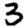
Digit: 3